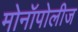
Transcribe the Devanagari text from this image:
मोनॉपोलीज